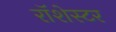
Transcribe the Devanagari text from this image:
रॉशेस्टर